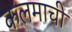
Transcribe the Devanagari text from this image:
कलमाची